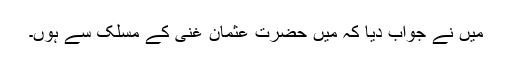
میں نے جواب دیا کہ میں حضرت عثمان غنی کے مسلک سے ہوں۔